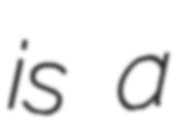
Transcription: is a